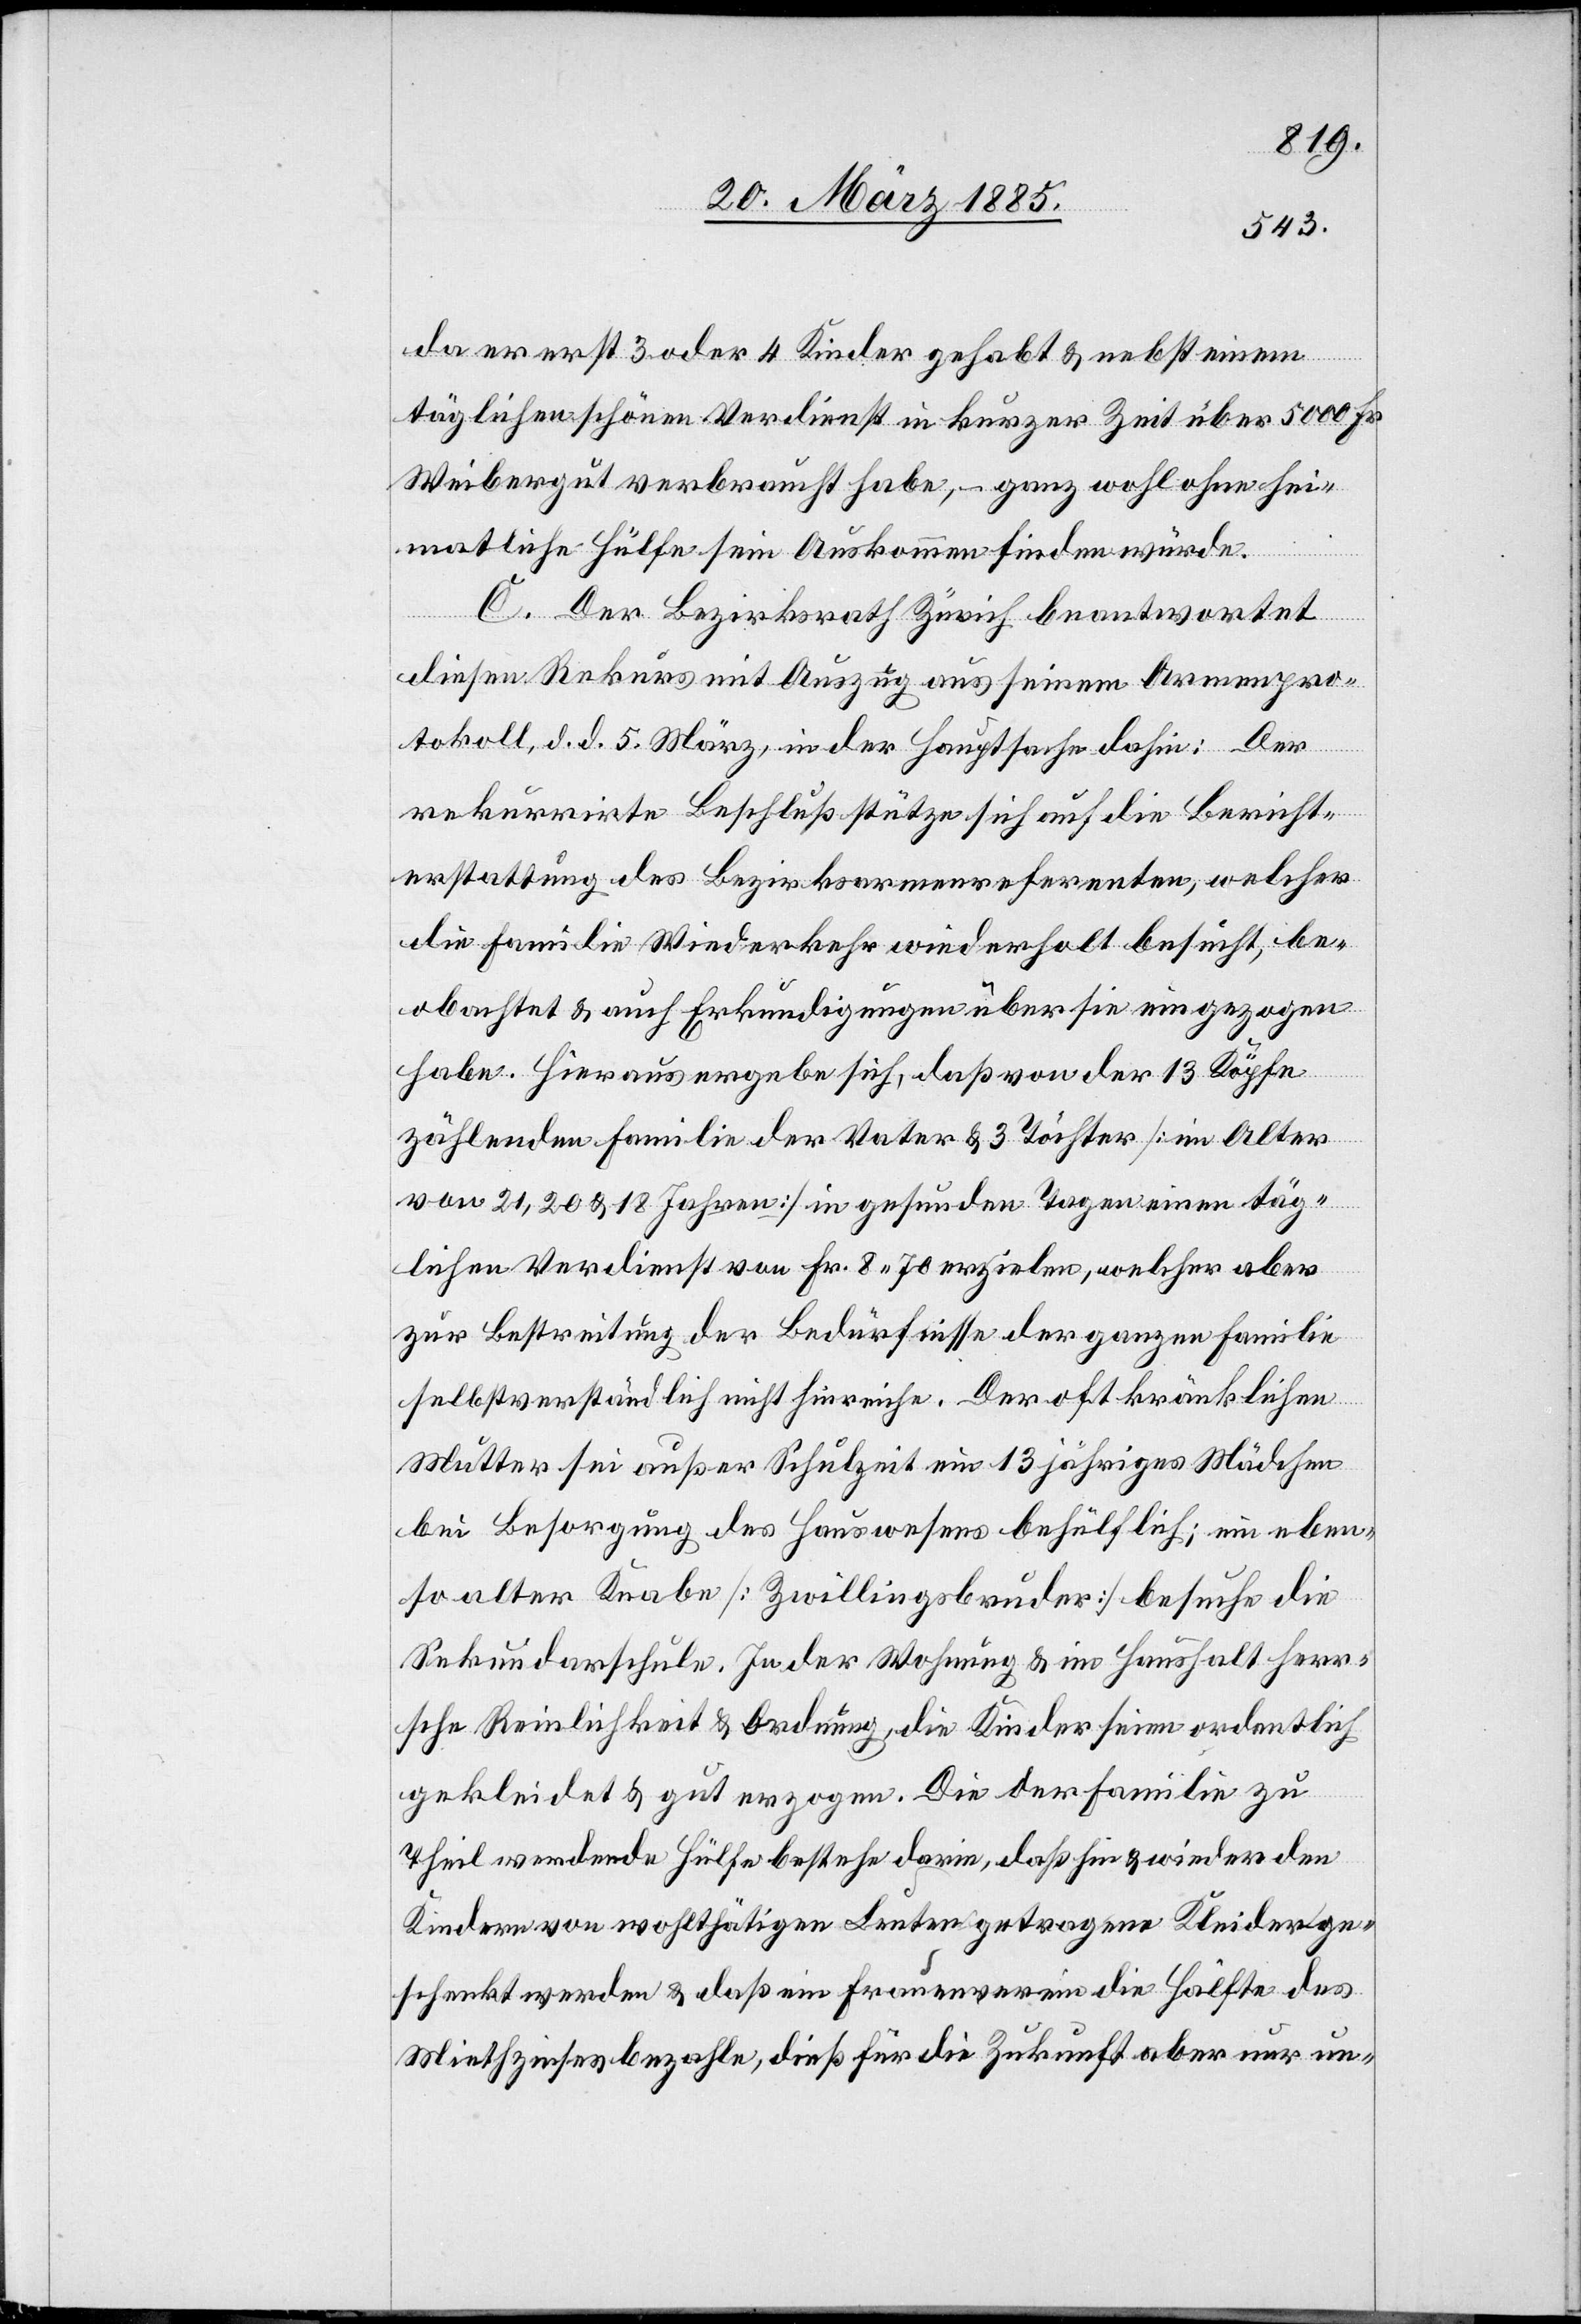
da er erst 3 oder 4 Kinder gehabt & nebst einem
täglichen schönen Verdienst in kurzer Zeit über 5000 Fr.
Weibergut verbraucht habe, – ganz wohl ohne hei¬
matliche Hülfe sein Auskommen finden würde.
C. Der Bezirksrath Zürich beantwortet
diesen Rekurs mit Auszug aus seinem Armenpro¬
tokoll, d. d. 5. März, in der Hauptsache dahin: Der
rekurrirte Beschluß stütze sich auf die Bericht¬
erstattung des Bezirksarmenreferenten, welcher
die Familie Wiederkehr wiederholt besucht, be¬
obachtet & auch Erkundigungen über sie eingezogen
habe. Hieraus ergebe sich, daß von der 13 Köpfe
zählenden Familie der Vater & 3 Töchter [im Alter
von 21, 20 & 18 Jahren] in gesunden Tagen einen täg¬
lichen Verdienst von Fr. 8.70 erzielen, welcher aber
zur Bestreitung der Bedürfnisse der ganzen Familie
selbstverständlich nicht hinreiche. Der oft kränklichen
Mutter sei außer Schulzeit ein 13 jähriges Mädchen
bei Besorgung des Hauswesens behülflich; ein eben¬
so alter Knabe [Zwillingsbruder] besuche die
Sekundarschule. In der Wohnung & im Haushalt herr¬
sche Reinlichkeit & Ordnung, die Kinder seien ordentlich
gekleidet & gut erzogen. Die der Familie zu
Theil werdende Hülfe bestehe darin, daß hin & wieder den
Kindern von wohlthätigen Leuten getragene Kleider ge¬
schenkt werden & daß ein Frauenverein die Hälfte des
Miethzinses bezahle, dieß für die Zukunft aber nur un-